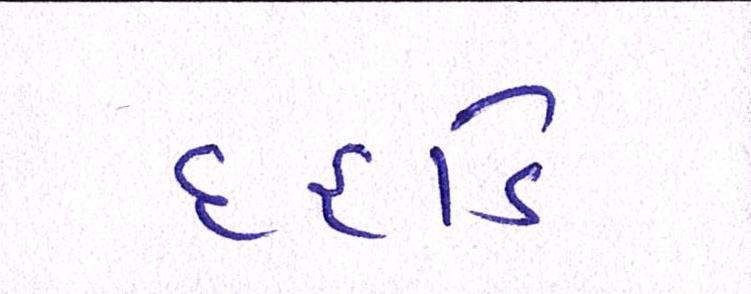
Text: દહાડે